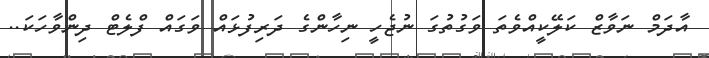
އާދަމް ނަވާޒް ކަލޭކީއްވެތަ ވަގުތުގަ ނުޖެހީ ނިހާންގެ ދަރިފުޅައް ވަގައް ފްލެޓް ދިންވާހަކަ..